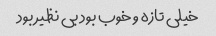
خیلی تازه‌ و خوب بود بی نظیر بود